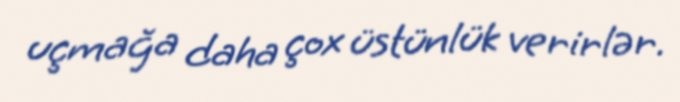
uçmağa daha çox üstünlük verirlər.